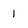
Character: 1